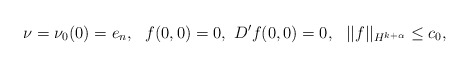
\begin{align*}\nu= \nu_0(0) = e_n,\ \ f(0,0)=0,\ D'f(0,0)=0,\ \ ||f||_{H^{k+ \alpha}} \leq c_0,\end{align*}